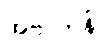
အဲဗာတန်